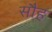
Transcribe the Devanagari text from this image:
सौह